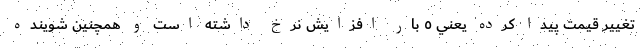
تغيير قيمت پيدا كرده يعني ٥ بار افزايش نرخ داشته است و همچنين شوينده